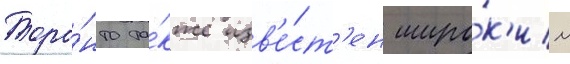
Торо́нто та́кже изв'е́ст'ен широ́к'им